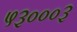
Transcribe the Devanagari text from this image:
५३०००३